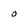
Character: O